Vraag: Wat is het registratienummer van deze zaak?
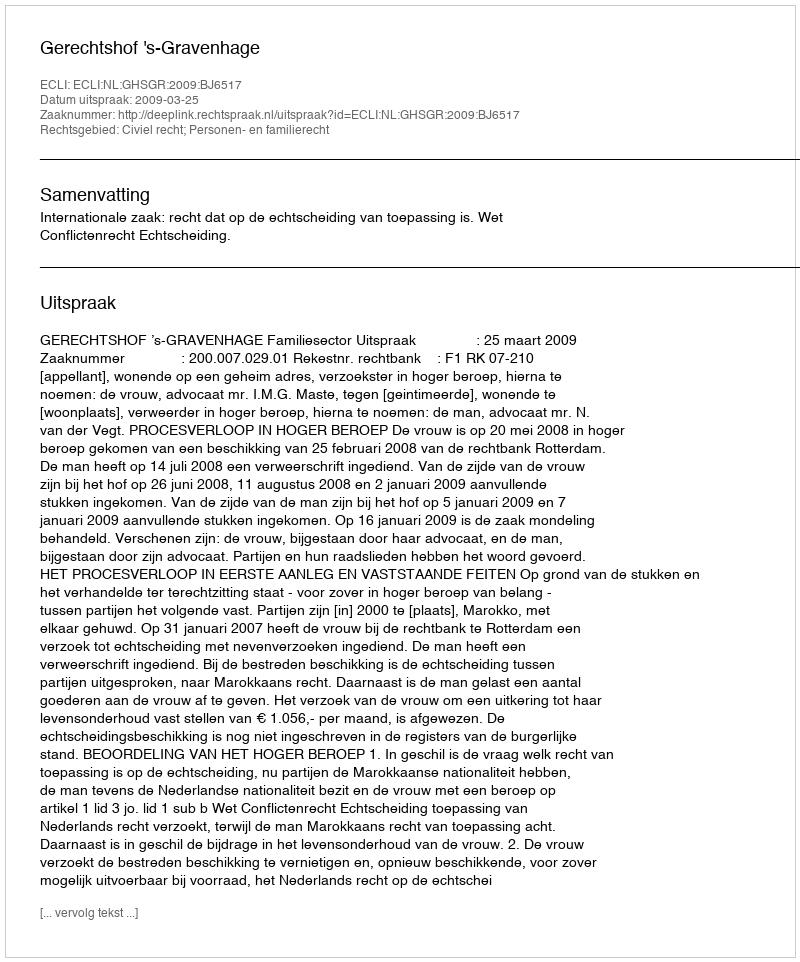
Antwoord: http://deeplink.rechtspraak.nl/uitspraak?id=ECLI:NL:GHSGR:2009:BJ6517